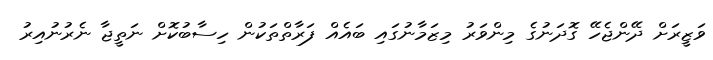
ވަޒީރަށް ދޭންޖެހޭ ގޮދަނުގެ މިންވަރު މިޒަމާނުގައި ބައެއް ފަރާތްތަކުން ހިސާބުކޮށް ނަތީޖާ ނެރުނުއިރު